Annual report of the Imperial Bacteriological Laboratory, Muktesar
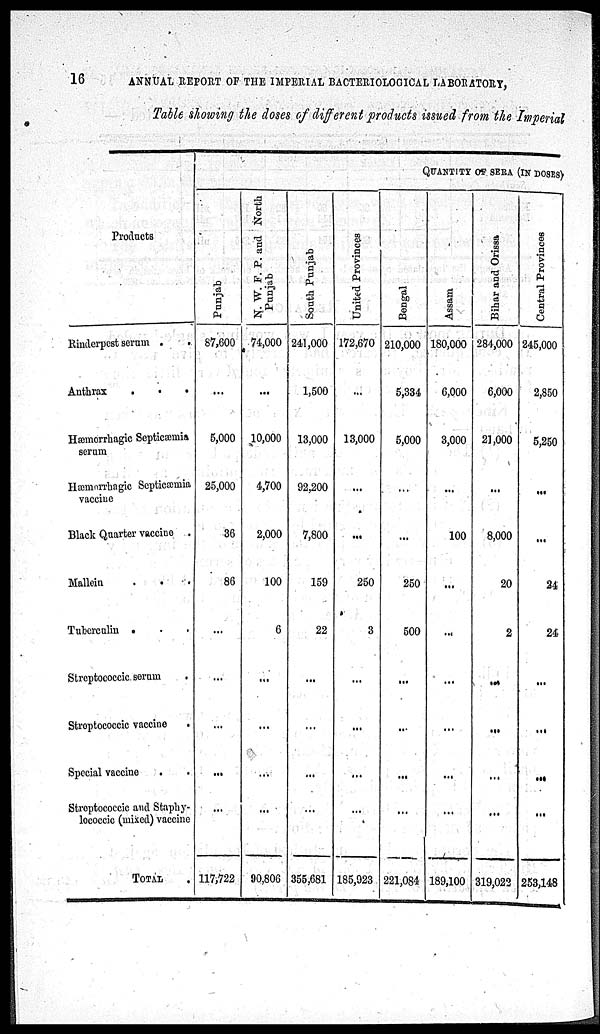
16
ANNUAL REPORT OF THE IMPERIAL BACTERIOLOGICAL LABORATORY,
Table showing the doses of different products issued from the Imperial
Products
Rinderpest serum . .
Anthrax
.
.
.
Hæmorrhagic Septicæmia
serum
Hæmarrhagic Septicæmia
vaccine
Black Quarter vaccine .
Mallein
.
.
Tuberculin .
Streptococcic serum .
Streptococcic vaccine
.
Special vaccine
Streptococcic and Staphy-
lococcic (mixed) vaccine
TOTAL
QUANTITY OF SERA (IN DOSES)
Punjab
87,600
...
5,000
25,000
36
86
...
...
...
...
...
117,722
N.
W. F. P. and North
Punjab
74,000
...
10,000
4,700
2,000
100
6
...
...
...
...
90,806
South Punjab
241,000
1,500
13,000
92,200
7,800
159
22
...
...
...
...
355,681
United Provinces
172,670
...
13,000
...
250
3
...
...
...
...
185,923
Bengal
210,000
5,334
5,000
...
250
500
...
...
...
...
221,084
As s
a m
180,000
6,000
3,000
100
...
...
...
...
...
...
189,100
Bi har and Or i
s s a
284,000
6,000
21,000
8,000
20
2
...
....
...
...
319,022
Cent r al Pr ovi nc e s
245,000
2,850
5,250
...
24
24
...
...
...
...
253,148